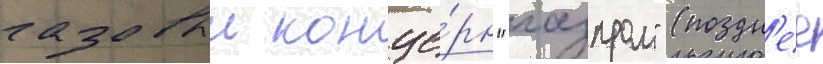
газовыи конце́рн "газпром" (поздн'ее